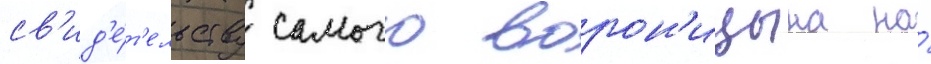
св'ид'е́т'ельству самого ворон'ицына на́